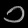
Digit: ၁